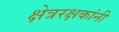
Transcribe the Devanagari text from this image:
क्षेत्ररक्षकांनी